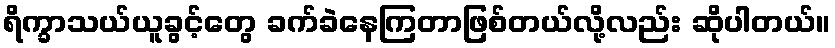
ရိက္ခာသယ်ယူခွင့်တွေ ခက်ခဲနေကြတာဖြစ်တယ်လို့လည်း ဆိုပါတယ်။